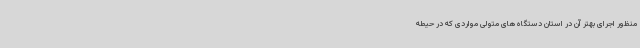
‌منظور اجرای بهتر آن در استان دستگاه‌های متولی مواردی که در حیطه